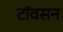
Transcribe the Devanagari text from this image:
टॉवसन